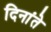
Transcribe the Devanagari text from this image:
दिनांते